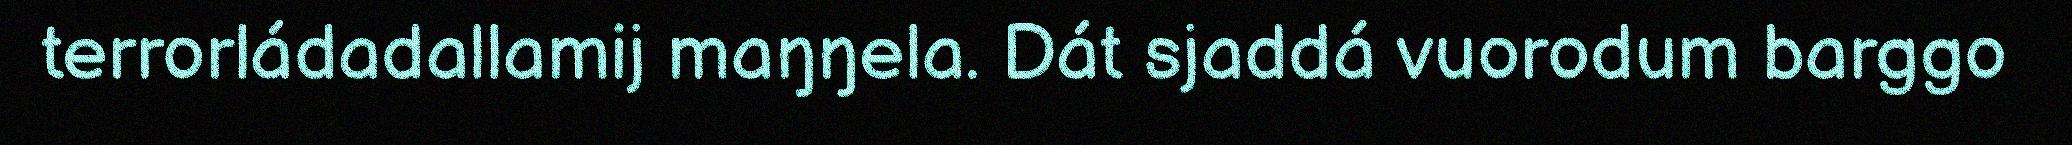
terrorládadallamij maŋŋela. Dát sjaddá vuorodum barggo